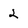
Character: 2